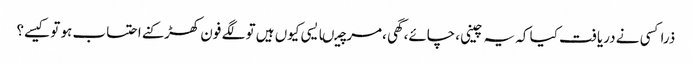
ذراکسی نے دریافت کیا کہ یہ چینی ،چائے،گھی ،مرچیںایسی کیوں ہیں تو لگے فون کھڑکنے احتساب ہو تو کیسے؟